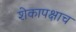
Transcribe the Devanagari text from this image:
शेकापक्षाच